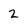
Character: 2